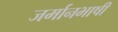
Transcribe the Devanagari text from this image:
जर्मानभाषी